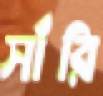
সাঁরি